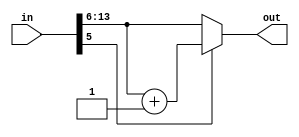
/*
Author: LIM Tian Yi

Does a simple rounding by looking at the 6th bit to instead of truncating the last 6 bits.
*/
module round (
    input [13:0] in,
    output [7:0] out
);
    
assign out = in[5] ? in[13:6]+8'd1 : in[13:6];

endmodule